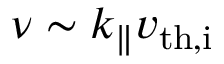
\nu \sim k _ { \parallel } v _ { \mathrm { t h , i } }